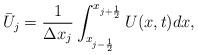
LaTeX: \begin{align*}\bar{U}_j=\frac{1}{\Delta{x_j}}\int^{x_{j+\frac{1}{2}}}_{x_{j-\frac{1}{2}}}U(x,t)dx,\end{align*}